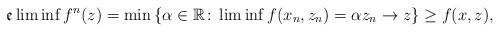
LaTeX: \begin{align*} \mathfrak{e}\liminf f^n(z) & = \min \left\{ \alpha \in \mathbb{R}\colon \liminf f(x_n,z_n)=\alpha z_n\to z\right\}\geq f(x,z), \end{align*}